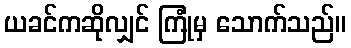
ယခင်ကဆိုလျှင် ကြုံမှ သောက်သည်။